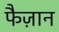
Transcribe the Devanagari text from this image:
फैज़ान